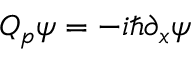
Q _ { p } \psi = - i \hbar \partial _ { x } \psi ~